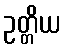
ဥတ္တိယ